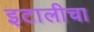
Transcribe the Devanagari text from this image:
इटालीचा